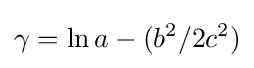
\gamma =\ln a-(b^{2}/2c^{2})